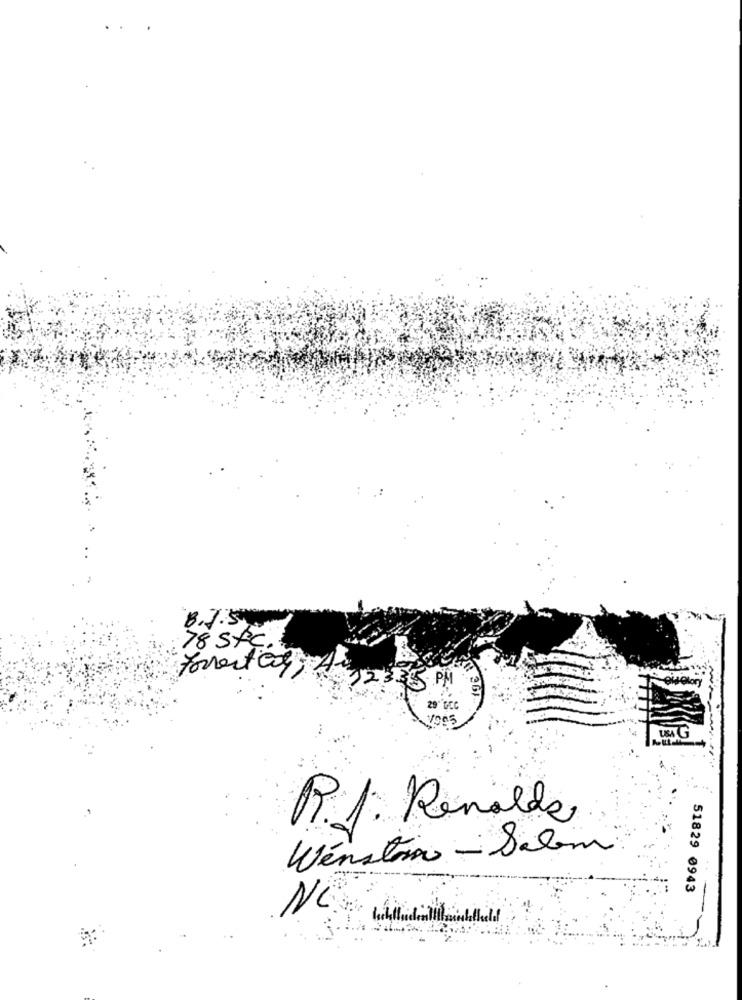
8.7.5
78 stc.
Forrester, 4 32335 PM
29" GEC
P.J. Renalde
Winston - Salem
51829 0943
NO